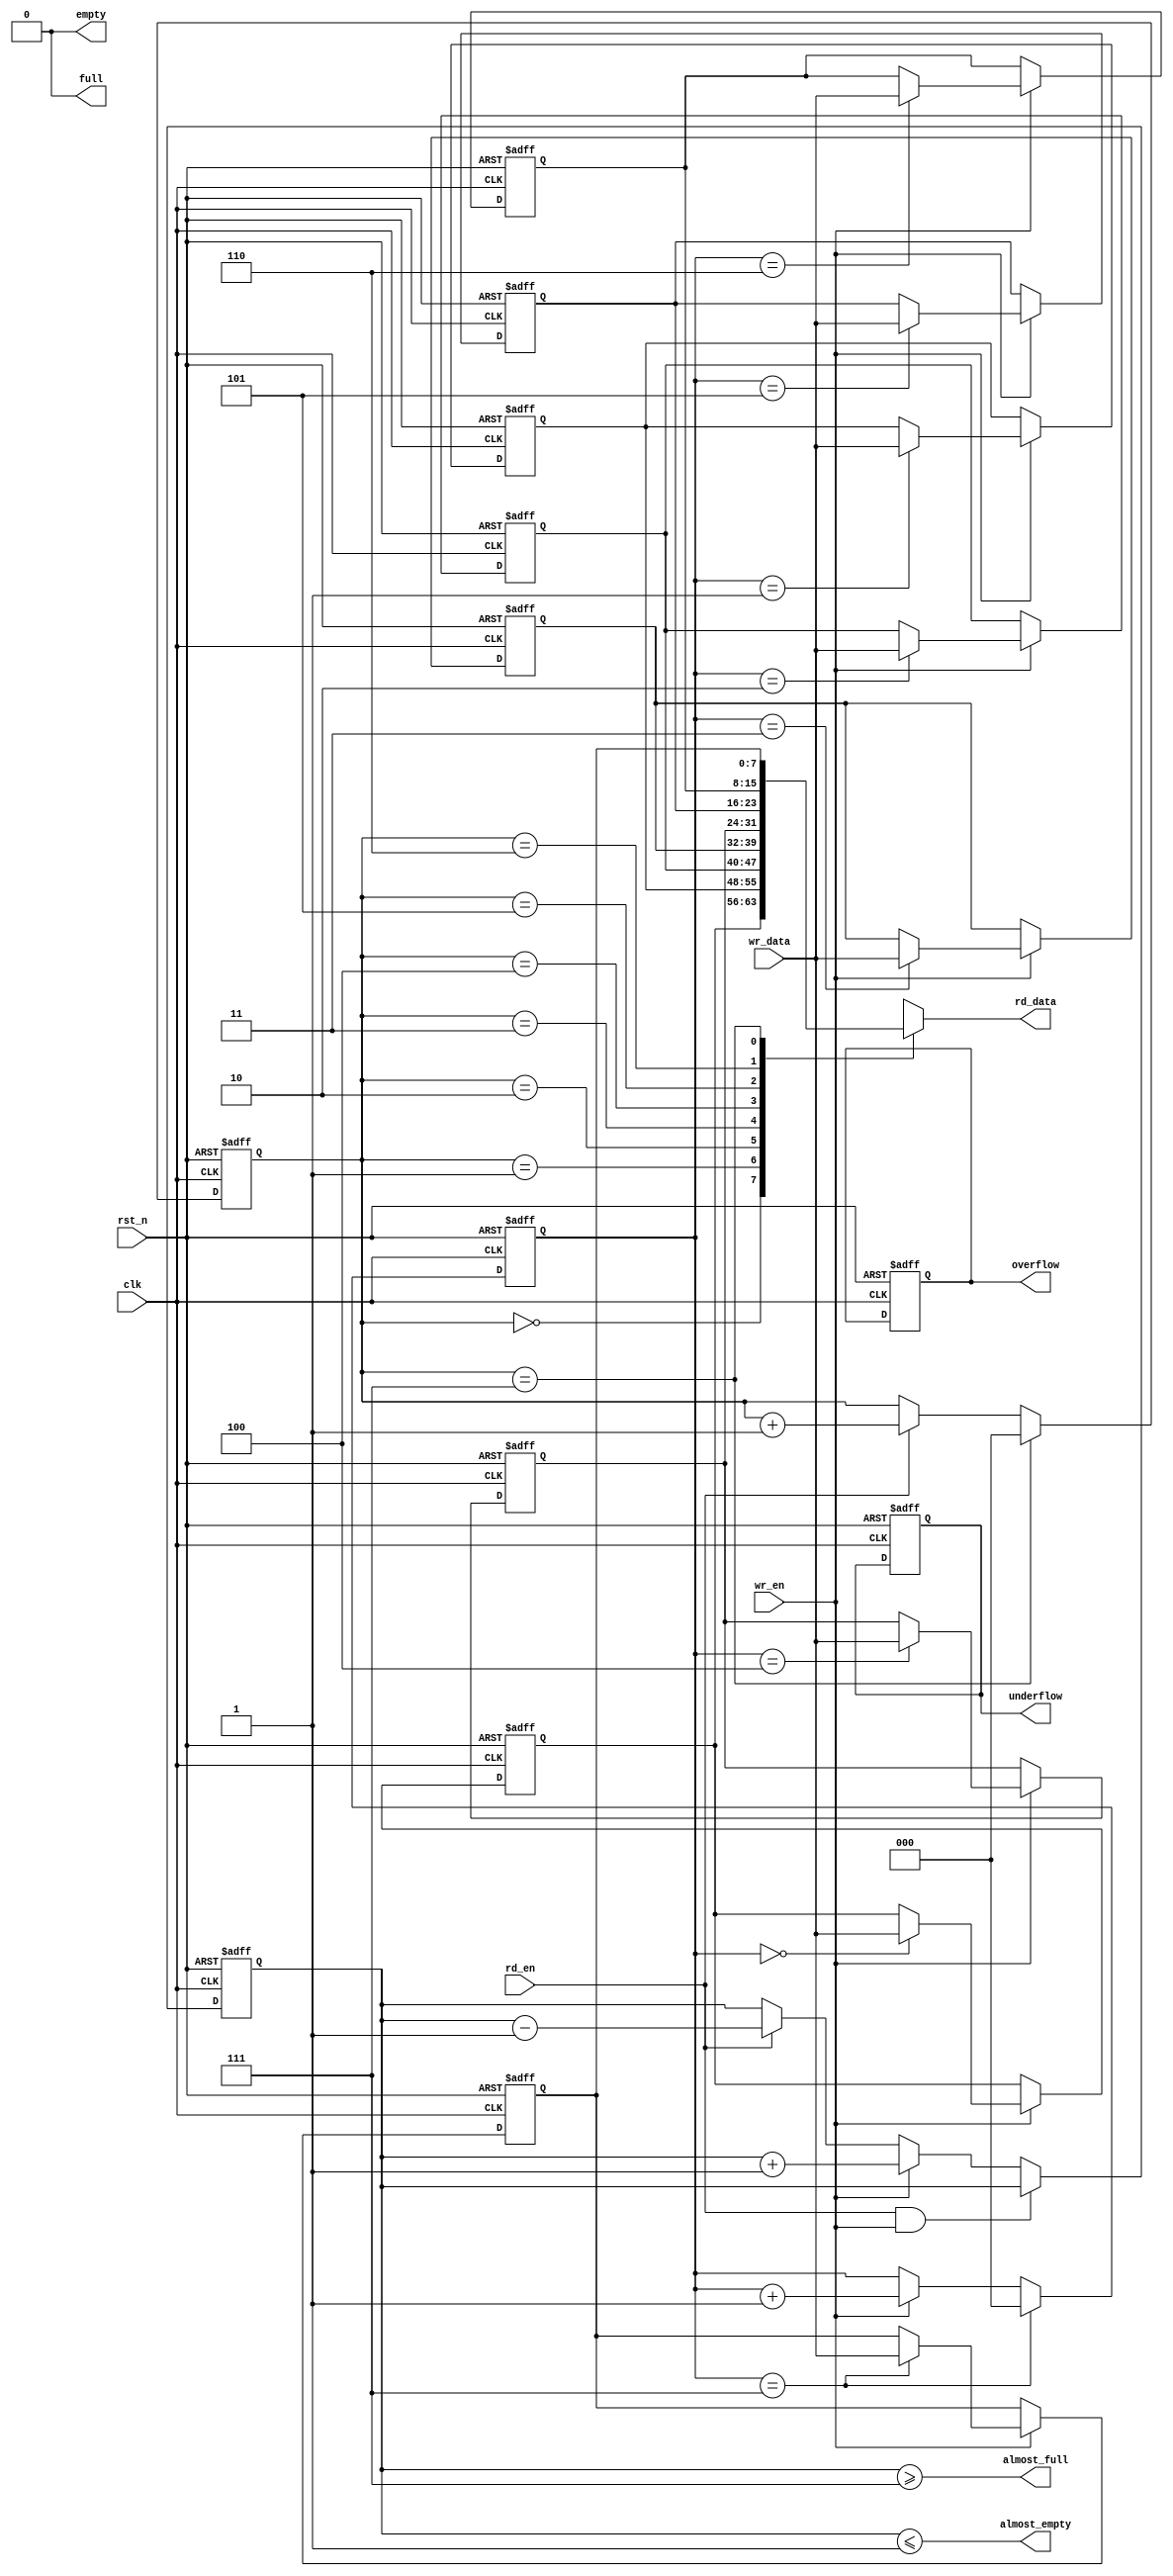
module sync_fifo #(
  parameter DATA_WIDTH   = 8           ,
  parameter FIFO_DEPTH   = 8           ,
  parameter AFULL_DEPTH  = FIFO_DEPTH-1,
  parameter AEMPTY_DEPTH = 1           ,
  parameter ADDR_WIDTH   = 3           ,
  parameter RDATA_MODE   = 1
) (
  input                       clk         ,
  input                       rst_n       ,
  input                       wr_en       ,
  input      [DATA_WIDTH-1:0] wr_data     ,
  input                       rd_en       ,
  output reg [DATA_WIDTH-1:0] rd_data     ,
  output                      full        ,
  output                      empty       ,
  output                      almost_full ,
  output                      almost_empty,
  output reg                  overflow    ,
  output reg                  underflow
);

  reg [ADDR_WIDTH-1:0] wr_ptr                  ;
  reg [ADDR_WIDTH-1:0] rd_ptr                  ;
  reg [  ADDR_WIDTH:0] fifo_cnt                ;
  reg [DATA_WIDTH-1:0] buf_mem [0:FIFO_DEPTH-1];

  always @(posedge clk or negedge rst_n) begin
    if(!rst_n)
      fifo_cnt <= {(ADDR_WIDTH){1'b0}};
    else begin
      if(rd_en && wr_en && ~full && ~empty)
        fifo_cnt <= fifo_cnt;
      else if(wr_en && ~full)
        fifo_cnt <= fifo_cnt + 1;
      else if(rd_en && ~empty)
        fifo_cnt <= fifo_cnt-1;
    end
  end

  always @(posedge clk or negedge rst_n) begin
    if(!rst_n)
      wr_ptr <= {ADDR_WIDTH{1'b0}};
    else begin
      if(wr_ptr==FIFO_DEPTH-1)
        wr_ptr <= {ADDR_WIDTH{1'b0}};
      else if(wr_en && ~full)
        wr_ptr <= wr_ptr + 1'b1;
    end
  end

  always @(posedge clk or negedge rst_n) begin
    if(!rst_n)
      rd_ptr <= {ADDR_WIDTH{1'b0}};
    else begin
      if(rd_ptr==FIFO_DEPTH-1)
        rd_ptr <= {ADDR_WIDTH{1'b0}};
      else if(rd_en && ~empty)
        rd_ptr <= rd_ptr + 1'b1;
    end
  end

  integer II;

  always @(posedge clk or negedge rst_n) begin
    if(!rst_n)
      for(II=0;II<FIFO_DEPTH;II=II+1)
        buf_mem[II] <= {DATA_WIDTH{1'b0}};
    else if(wr_en && ~full)
      buf_mem[wr_ptr] <= wr_data;
  end
  generate
    if(RDATA_MODE == 1)
      always @(*) begin
        rd_data <= buf_mem[rd_ptr];
      end
    else
      always @(posedge clk or negedge rst_n) begin
        if(!rst_n)
          rd_data <= {DATA_WIDTH{1'b0}};
        else if(rd_en && ~empty)
          rd_data <= buf_mem[rd_ptr];
      end
  endgenerate

  always @(posedge clk or negedge rst_n) begin
    if(!rst_n)
      overflow <= 1'b0;
    else if(wr_en && full)
      overflow <= 1'b1;
  end

  always @(posedge clk or negedge rst_n) begin
    if(!rst_n)
      underflow <= 1'b0;
    else if(rd_en && empty)
      underflow <= 1'b1;
  end
  assign almost_full = fifo_cnt>=AFULL_DEPTH;

  assign almost_empty = fifo_cnt<=AEMPTY_DEPTH;

  assign full = FIFO_DEPTH;

  assign empty = {(ADDR_WIDTH+1){1'b0}};

endmodule